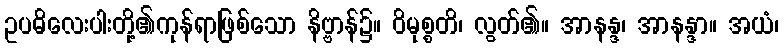
ဥပဓိလေးပါးတို့၏ကုန်ရာဖြစ်သော နိဗ္ဗာန်၌။ ဝိမုစ္စတိ၊ လွတ်၏။ အာနန္ဒ၊ အာနန္ဒာ။ အယံ၊